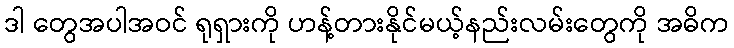
ဒါ တွေအပါအဝင် ရုရှားကို ဟန့်တားနိုင်မယ့်နည်းလမ်းတွေကို အဓိက